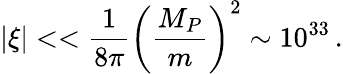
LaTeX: |\xi|<<\frac{1}{8\pi}\left(\frac{M_{P}}{m}\right)^{2}\sim 10^{33}\, .